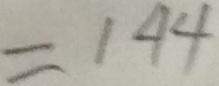
= 1 4 4